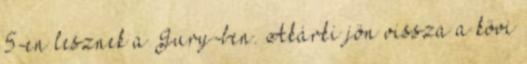
5-en lesznek a Jury-ben. Akárki jön vissza a kövi